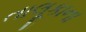
તાલૂકાના